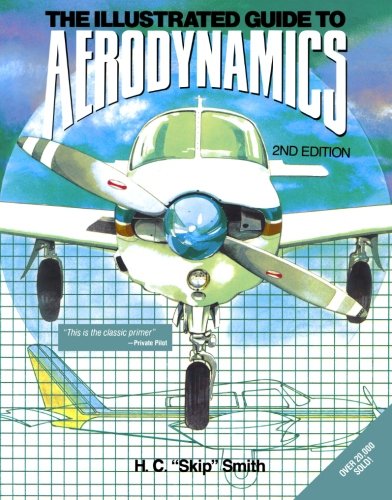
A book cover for Illustrated Guide to Aerodynamics; Hubert Smith; Engineering & Transportation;